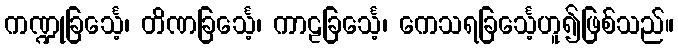
ကဏ္ဍုခြင်္သေ့၊ တိဏခြင်္သေ့၊ ကာဠခြင်္သေ့၊ ကေသရခြင်္သေ့ဟူ၍ဖြစ်သည်။